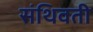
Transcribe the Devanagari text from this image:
संथिवती